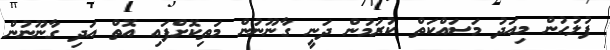
ފުލުހުން މިއަދު މަސައްކަތް ކުރަމުން ދަނީ ގާނޫނުން މަތިކޮށްފައި އޮތް އަދި ގާނޫނުން